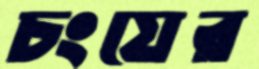
চংয়ের